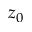
z _ { 0 }